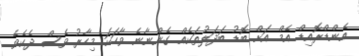
އެންޑްރޮއިޑް އެމް އަށް ބޮޑު ބަދަލުތަކެއް ގެންނާނެ ވާހަކަ މިހާރު ވެސް ދެކެވެ